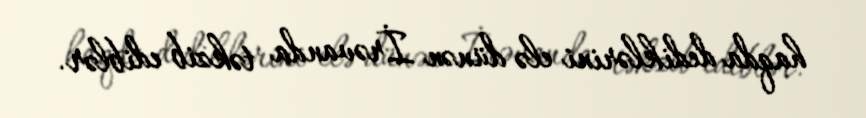
haqda dediklərini elə dünən İrəvanda təkzib ediblər.